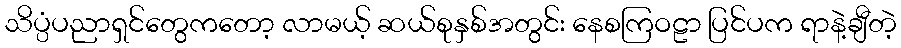
သိပ္ပံပညာရှင်တွေကတော့ လာမယ့် ဆယ်စုနှစ်အတွင်း နေစကြဝဠာ ပြင်ပက ရာနဲ့ချီတဲ့